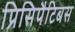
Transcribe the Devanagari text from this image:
प्रिसिपैटिबस